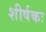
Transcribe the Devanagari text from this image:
शीर्षकः